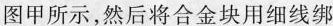
图甲所示，然后将合金块用细线绑